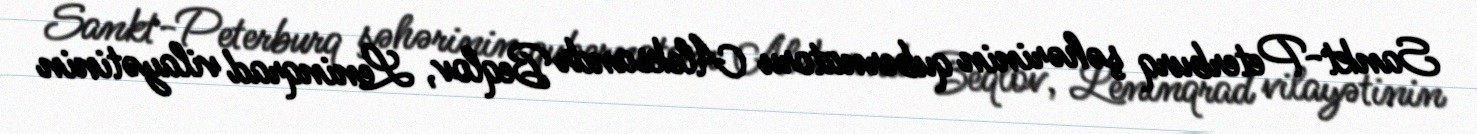
Sankt-Peterburq şəhərinin qubernatoru Aleksandr Beqlov, Leninqrad vilayətinin